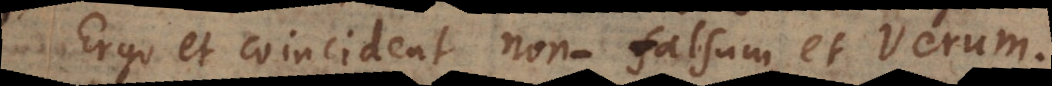
Ergo et coincident non‐falsum, et Verum.